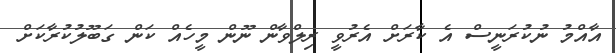
އާއްމު ނުކުރަނީސް އެ ކާރަށް އެރުވީ ރިލްވާން ނޫން މީހެއް ކަން ގަބޫލުކުރާކަށް